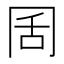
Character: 𭁦